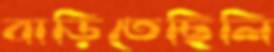
বাড়িতেছিলি